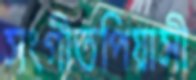
সংগীতপিয়াসী